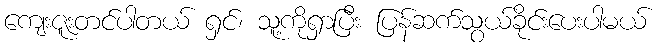
ကျေးဇူးတင်ပါတယ် ရှင်၊ သူ့ကိုရှာပြီး ပြန်ဆက်သွယ်ခိုင်းပေးပါမယ်